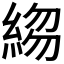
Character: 𬗣